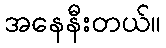
အနေနီးတယ်။